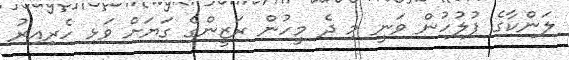
ލަންކާގެ ފުލުހުން ވަނީ މި ދެ މީހުން ރަޒީންގެ ގަޔަށް ވަޅި ހެރިއިރު